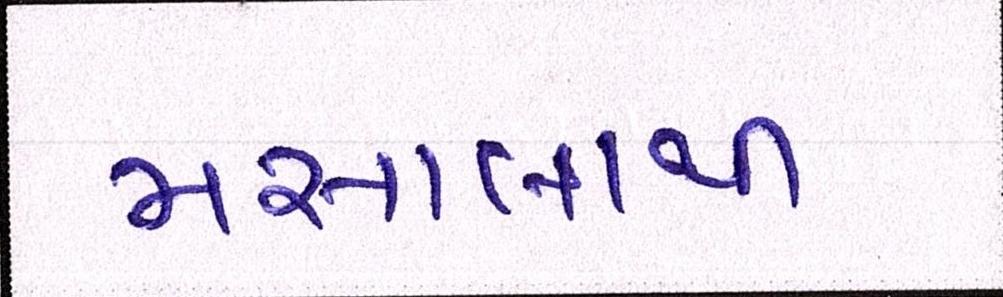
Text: મસાલાથી